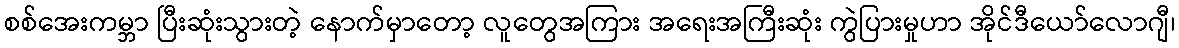
စစ်အေးကမ္ဘာ ပြီးဆုံးသွားတဲ့ နောက်မှာတော့ လူတွေအကြား အရေးအကြီးဆုံး ကွဲပြားမှုဟာ အိုင်ဒီယော်လောဂျီ၊